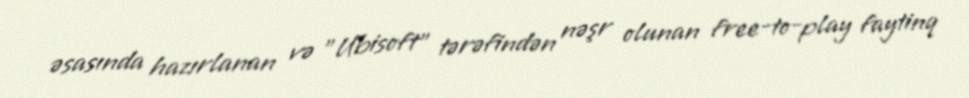
əsasında hazırlanan və "Ubisoft" tərəfindən nəşr olunan free-to-play faytinq